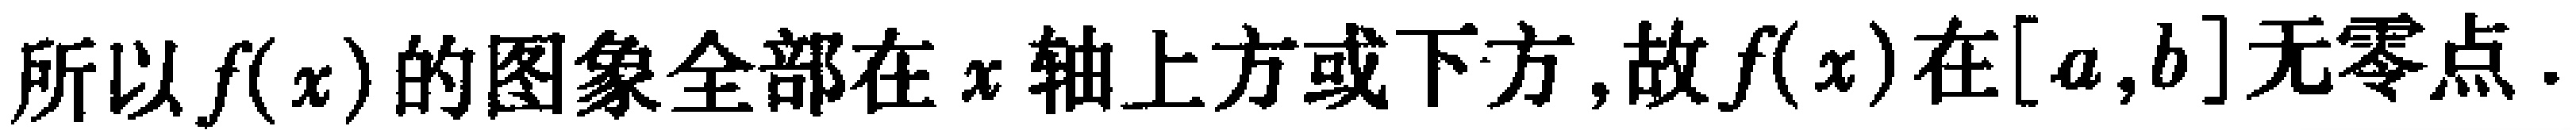
所以$f(x)$的图象全部在$x$轴上方或下方,故$f(x)$在$[a,b]$无零点.